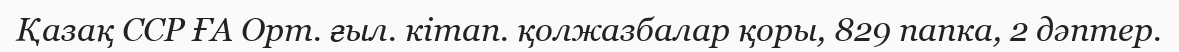
Қазақ ССР ҒА Орт. ғыл. кітап. қолжазбалар қоры, 829 папка, 2 дәптер.